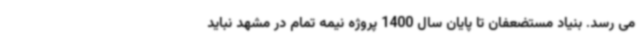
می رسد. بنیاد مستضعفان تا پایان سال 1400 پروژه نیمه تمام در مشهد نباید